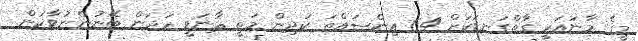
މީގެ މާނައަކީ ގާތްގަނޑަކަށް 64 އިންސައްތަ ކުދިން މަތީ ޘާނަވީ ހަދަން ބޭނުންނުވާކަން.